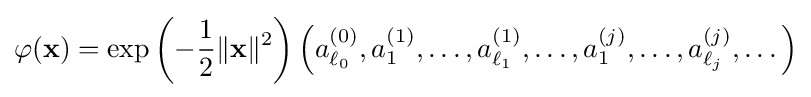
\varphi (\mathbf {x} )=\exp \left(-{\frac {1}{2}}\|\mathbf {x} \|^{2}\right)\left(a_{\ell _{0}}^{(0)},a_{1}^{(1)},\dots ,a_{\ell _{1}}^{(1)},\dots ,a_{1}^{(j)},\dots ,a_{\ell _{j}}^{(j)},\dots \right)